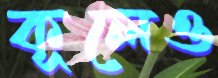
কূলেও